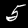
Digit: 5